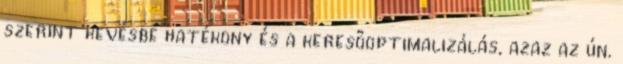
szerint kevésbé hatékony és a keresőoptimalizálás, azaz az ún.